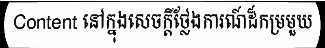
Content នៅក្នុងសេចក្តីថ្លែងការណ៍ដ៏កម្រមួយ